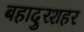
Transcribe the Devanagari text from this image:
बहादुरशहर